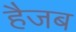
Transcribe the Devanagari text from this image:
हैजब